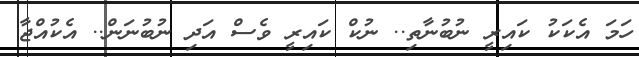
ހަމަ އެކަކު ކައިރީ ނުބުނާތި.. ނުކް ކައިރީ ވެސް އަދި ނުބުނަން.. އެކުއްޖާ